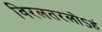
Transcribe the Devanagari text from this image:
विरलतरलोऽहं